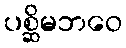
ပစ္ဆိမဘဝေ